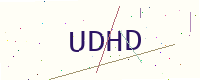
Text: UDHD